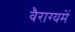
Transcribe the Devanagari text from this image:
वैराग्यमें